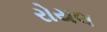
રોયલ